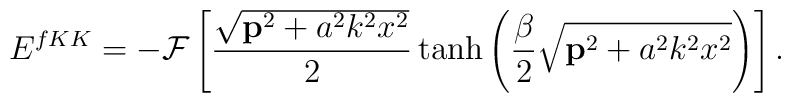
E^{fKK}=-{\cal{F}} \left[ \frac{\sqrt{{\bf p}^2+a^2k^2 x^2}}{2}\tanh \left( \frac{\beta}{2}\sqrt{{\bf p}^2+a^2k^2x^2}\right)  \right].